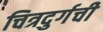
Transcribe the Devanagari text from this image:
चित्रदुर्गची